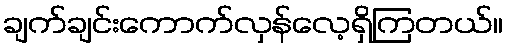
ချက်ချင်းကောက်လှန်လေ့ရှိကြတယ်။